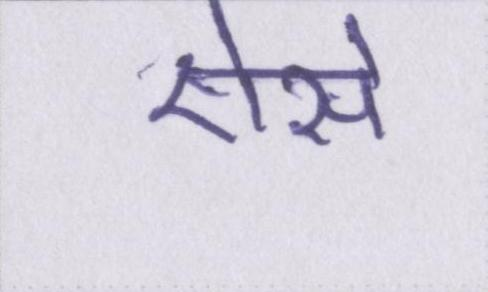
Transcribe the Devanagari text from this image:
ऐसे